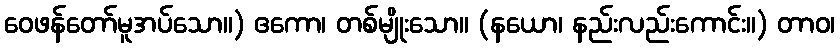
ဝေဖန်တော်မူအပ်သော။) ဧကော၊ တစ်မျိုးသော။ (နယော၊ နည်းလည်းကောင်း။) တာဝ၊